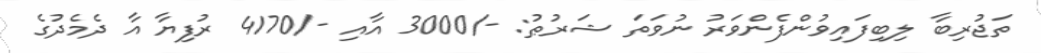
ތަޖުރިބާ ލިބިފައިވުންފެންވަރު ނުވަތަ ޝަރުޠު: -/3000 އާއި -/4170 ރުފިޔާ އާ ދެމެދުގެ